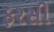
ફરસી